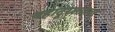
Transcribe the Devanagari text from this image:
बहादूरशाहवर